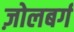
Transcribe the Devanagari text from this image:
ज़ोलबर्ग